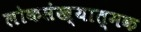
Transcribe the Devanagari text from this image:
लोकसंख्यात्मक